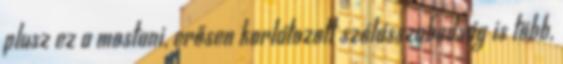
plusz ez a mostani, erősen korlátozott szólásszabadság is több,